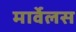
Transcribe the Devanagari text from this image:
मार्वेलस